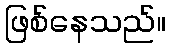
ဖြစ်နေသည်။